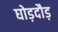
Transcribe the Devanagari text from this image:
घोड़दौड़